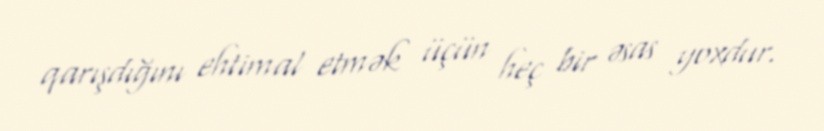
qarışdığını ehtimal etmək üçün heç bir əsas yoxdur.